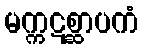
မက္ကဋစ္ဆာပကံ